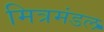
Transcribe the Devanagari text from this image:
मित्रमंडल